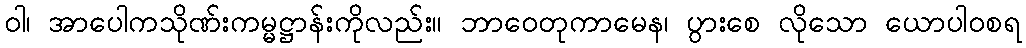
ဝါ၊ အာပေါကသိုဏ်းကမ္မဋ္ဌာန်းကိုလည်း။ ဘာဝေတုကာမေန၊ ပွားစေ လိုသော ယောပါဝစရ